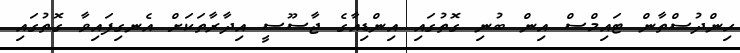
ހިންދުސްތާން ޓައިމްސް އިން ބުނި ގޮތުގައި އިންޑިއާގެ ޖާސޫސީ އިދާރާތަކަށް އެނގިފައިވާ ގޮތުގައި